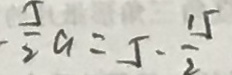
- \frac { 5 } { 2 } a = 5 - \frac { 1 5 } { 2 }